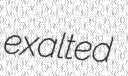
exalted